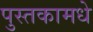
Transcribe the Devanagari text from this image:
पुस्तकामधे